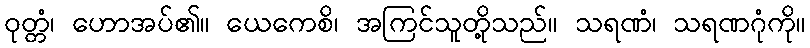
ဝုတ္တံ၊ ဟောအပ်၏။ ယေကေစိ၊ အကြင်သူတို့သည်။ သရဏံ၊ သရဏဂုံကို။